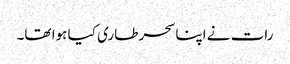
رات نے اپنا سحر طاری کیا ہوا تھا۔